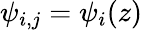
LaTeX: \psi_{i,j}=\psi_{i}(z)